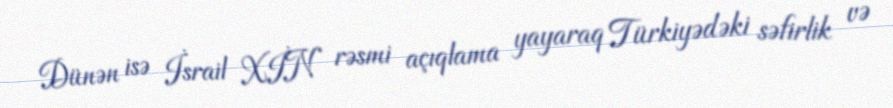
Dünən isə İsrail XİN rəsmi açıqlama yayaraq Türkiyədəki səfirlik və